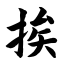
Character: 挨